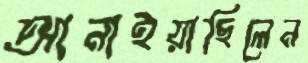
আনাইয়াছিলেন